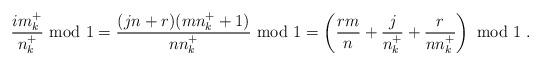
LaTeX: \begin{align*}\frac{i m_k^+}{n_k^+} {\rm ~mod~} 1 =\frac{(j n + r)(m n_k^+ + 1)}{n n_k^+} {\rm ~mod~} 1= \left( \frac{r m}{n} + \frac{j}{n_k^+} + \frac{r}{n n_k^+} \right) {\rm ~mod~} 1 \;.\end{align*}